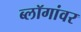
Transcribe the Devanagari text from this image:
ब्लॉगांवर